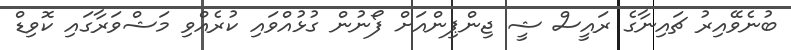
ބުނެވޭއިރު ޗައިނާގެ ރައީސް ޝީ ޖިންޕިންއަށް ފޯނުން ގުޅުއްވައި ކުރެއްވި މަޝްވަރާގައި ކޮވިޑް